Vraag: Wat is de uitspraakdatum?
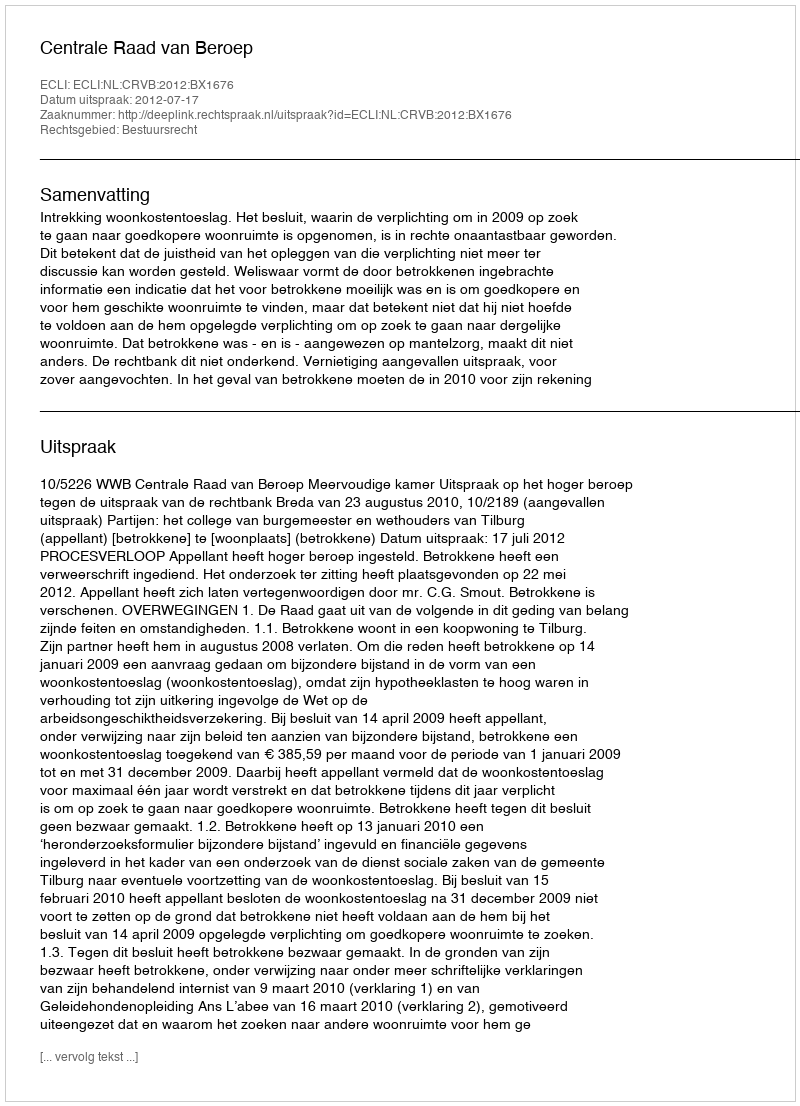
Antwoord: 2012-07-17